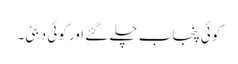
کوئی پنجاب چلے گئے اور کوئی دبئی۔